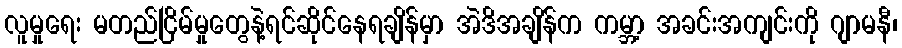
လူမှုရေး မတည်ငြိမ်မှုတွေနဲ့ရင်ဆိုင်နေရချိန်မှာ အဲဒိအချိန်က ကမ္ဘာ့ အခင်းအကျင်းကို ဂျာမနီ၊